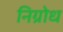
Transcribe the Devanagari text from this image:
निग्रोध